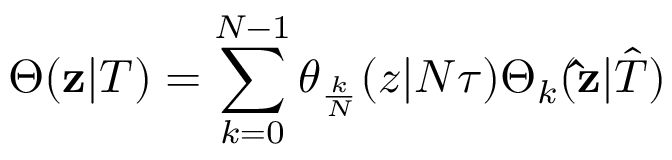
\Theta ( { \bf z } | T ) = \sum _ { k = 0 } \sp { N - 1 } \theta _ { \frac { k } { N } } ( z | N \tau ) \Theta _ { k } ( { \bf \hat { z } } | { \hat { T } } )